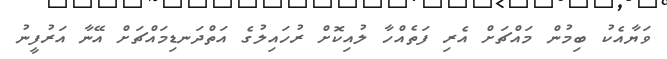
ވަޔާއެކު ބިމުން މައްޗަށް އެރި ފަތެއްހާ ލުއިކޮށް ރުހައިލުގެ އަތްދަނޑިމައްޗަށް އޭނާ އަރުފީނު